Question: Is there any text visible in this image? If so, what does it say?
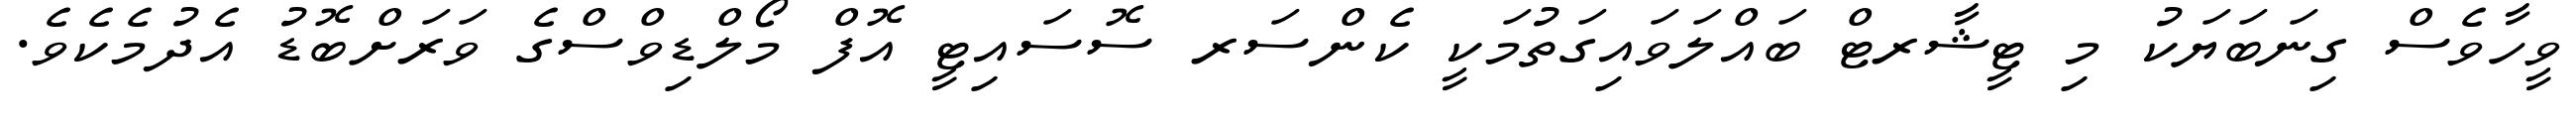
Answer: ވީހާވެސް ގިނަބަޔަކު މި ޓީޝާރޓް ބައްލަވައިގަތުމަކީ ކެންސަރ ސޮސައިޓީ އޮފް މޯލްޑިވްސްގެ ވަރަށްބޮޑު އެދުމެކެވެ.